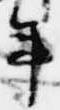
年